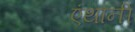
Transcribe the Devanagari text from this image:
एंथानी